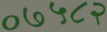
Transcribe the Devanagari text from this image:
०७५८२